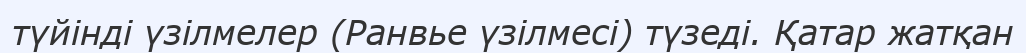
түйінді үзілмелер (Ранвье үзілмесі) түзеді. Қатар жатқан